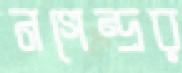
নগেন্দ্রর